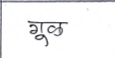
मजकूर: गूळ